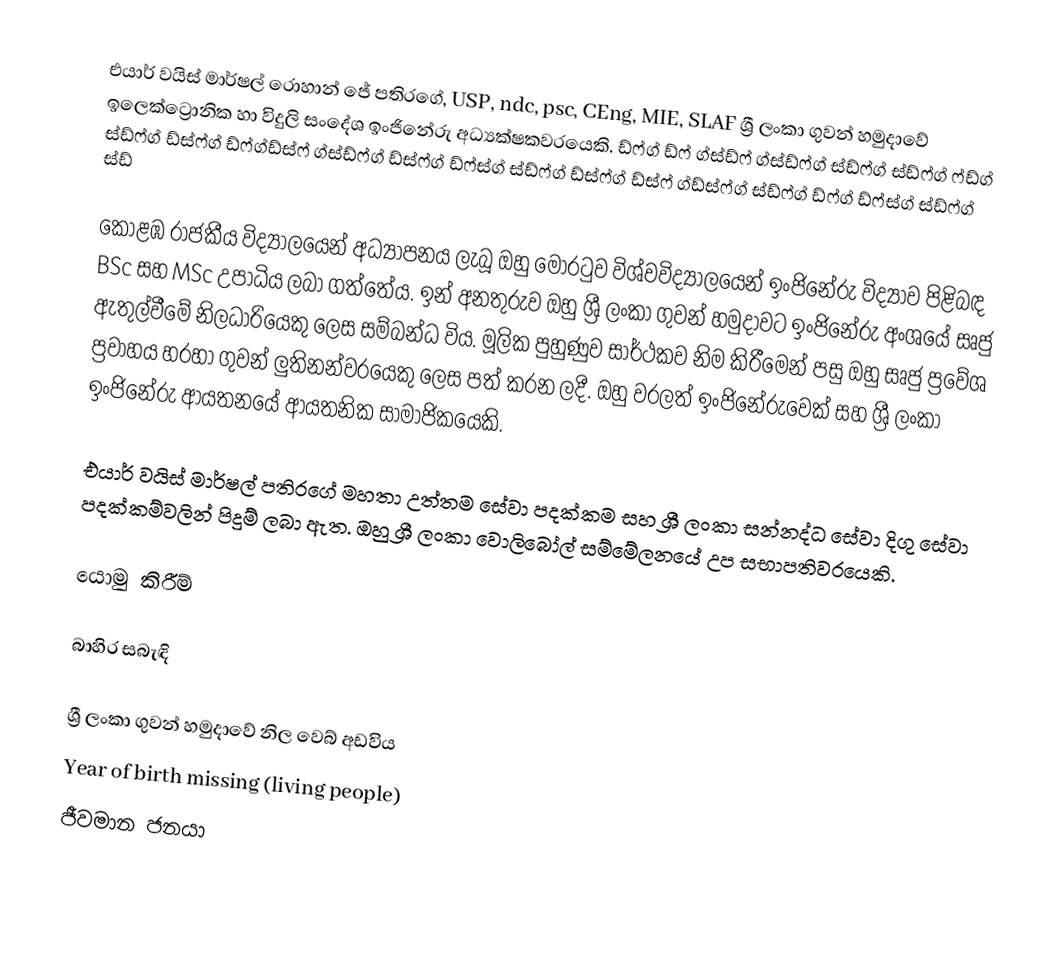
එයාර් වයිස් මාර්ෂල් රොහාන් ජේ පතිරගේ, USP, ndc, psc, CEng, MIE, SLAF ශ්‍රී ලංකා ගුවන් හමුදාවේ ඉලෙක්ට්‍රොනික හා විදුලි සංදේශ ඉංජිනේරු අධ්‍යක්ෂකවරයෙකි.   ඩ්ෆ්ග් ඩ්ෆ් ග්ස්ඩ්ෆ් ග්ස්ඩ්ෆ්ග් ස්ඩ්ෆ්ග් ස්ඩ්ෆ්ග් ෆ්ඩ්ග් ස්ඩ්ෆ්ග් ඩ්ස්ෆ්ග් ඩ්ෆ්ග්ඩ්ස්ෆ් ග්ස්ඩ්ෆ්ග් ඩ්ස්ෆ්ග් ඩ්ෆ්ස්ග් ස්ඩ්ෆ්ග් ඩ්ස්ෆ්ග් ඩ්ස්ෆ් ග්ඩ්ස්ෆ්ග් ස්ඩ්ෆ්ග් ඩ්ෆ්ග් ඩ්ෆ්ස්ග් ස්ඩ්ෆ්ග් ස්ඩ්

කොළඹ රාජකීය විද්‍යාලයෙන් අධ්‍යාපනය ලැබූ ඔහු මොරටුව විශ්වවිද්‍යාලයෙන් ඉංජිනේරු විද්‍යාව පිළිබඳ BSc සහ MSc උපාධිය ලබා ගත්තේය. ඉන් අනතුරුව ඔහු ශ්‍රී ලංකා ගුවන් හමුදාවට ඉංජිනේරු අංශයේ සෘජු ඇතුල්වීමේ නිලධාරියෙකු ලෙස සම්බන්ධ විය. මූලික පුහුණුව සාර්ථකව නිම කිරීමෙන් පසු ඔහු සෘජු ප්‍රවේශ ප්‍රවාහය හරහා ගුවන් ලුතිනන්වරයෙකු ලෙස පත් කරන ලදී. ඔහු වරලත් ඉංජිනේරුවෙක් සහ ශ්‍රී ලංකා ඉංජිනේරු ආයතනයේ ආයතනික සාමාජිකයෙකි.

එයාර් වයිස් මාර්ෂල් පතිරගේ මහතා උත්තම සේවා පදක්කම සහ ශ්‍රී ලංකා සන්නද්ධ සේවා දිගු සේවා පදක්කම්වලින් පිදුම් ලබා ඇත. ඔහු ශ්‍රී ලංකා වොලිබෝල් සම්මේලනයේ උප සභාපතිවරයෙකි.

යොමු කිරීම්

බාහිර සබැඳි

 ශ්‍රී ලංකා ගුවන් හමුදාවේ නිල වෙබ් අඩවිය
Year of birth missing (living people)
ජීවමාන ජනයා